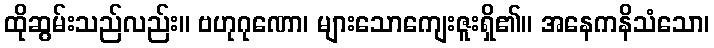
ထိုဆွမ်းသည်လည်း။ ဗဟုဂုဏော၊ များသောကျေးဇူးရှိ၏။ အနေကနိသံသော၊